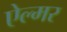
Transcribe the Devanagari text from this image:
ऐल्मर